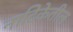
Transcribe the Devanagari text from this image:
नाटिकेतील